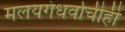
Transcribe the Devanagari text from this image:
मलयगंधर्वाचीही